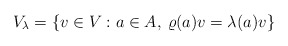
\begin{align*}V_\lambda=\left\{v\in V:a\in A,\: \varrho(a)v=\lambda(a)v\right\} \end{align*}